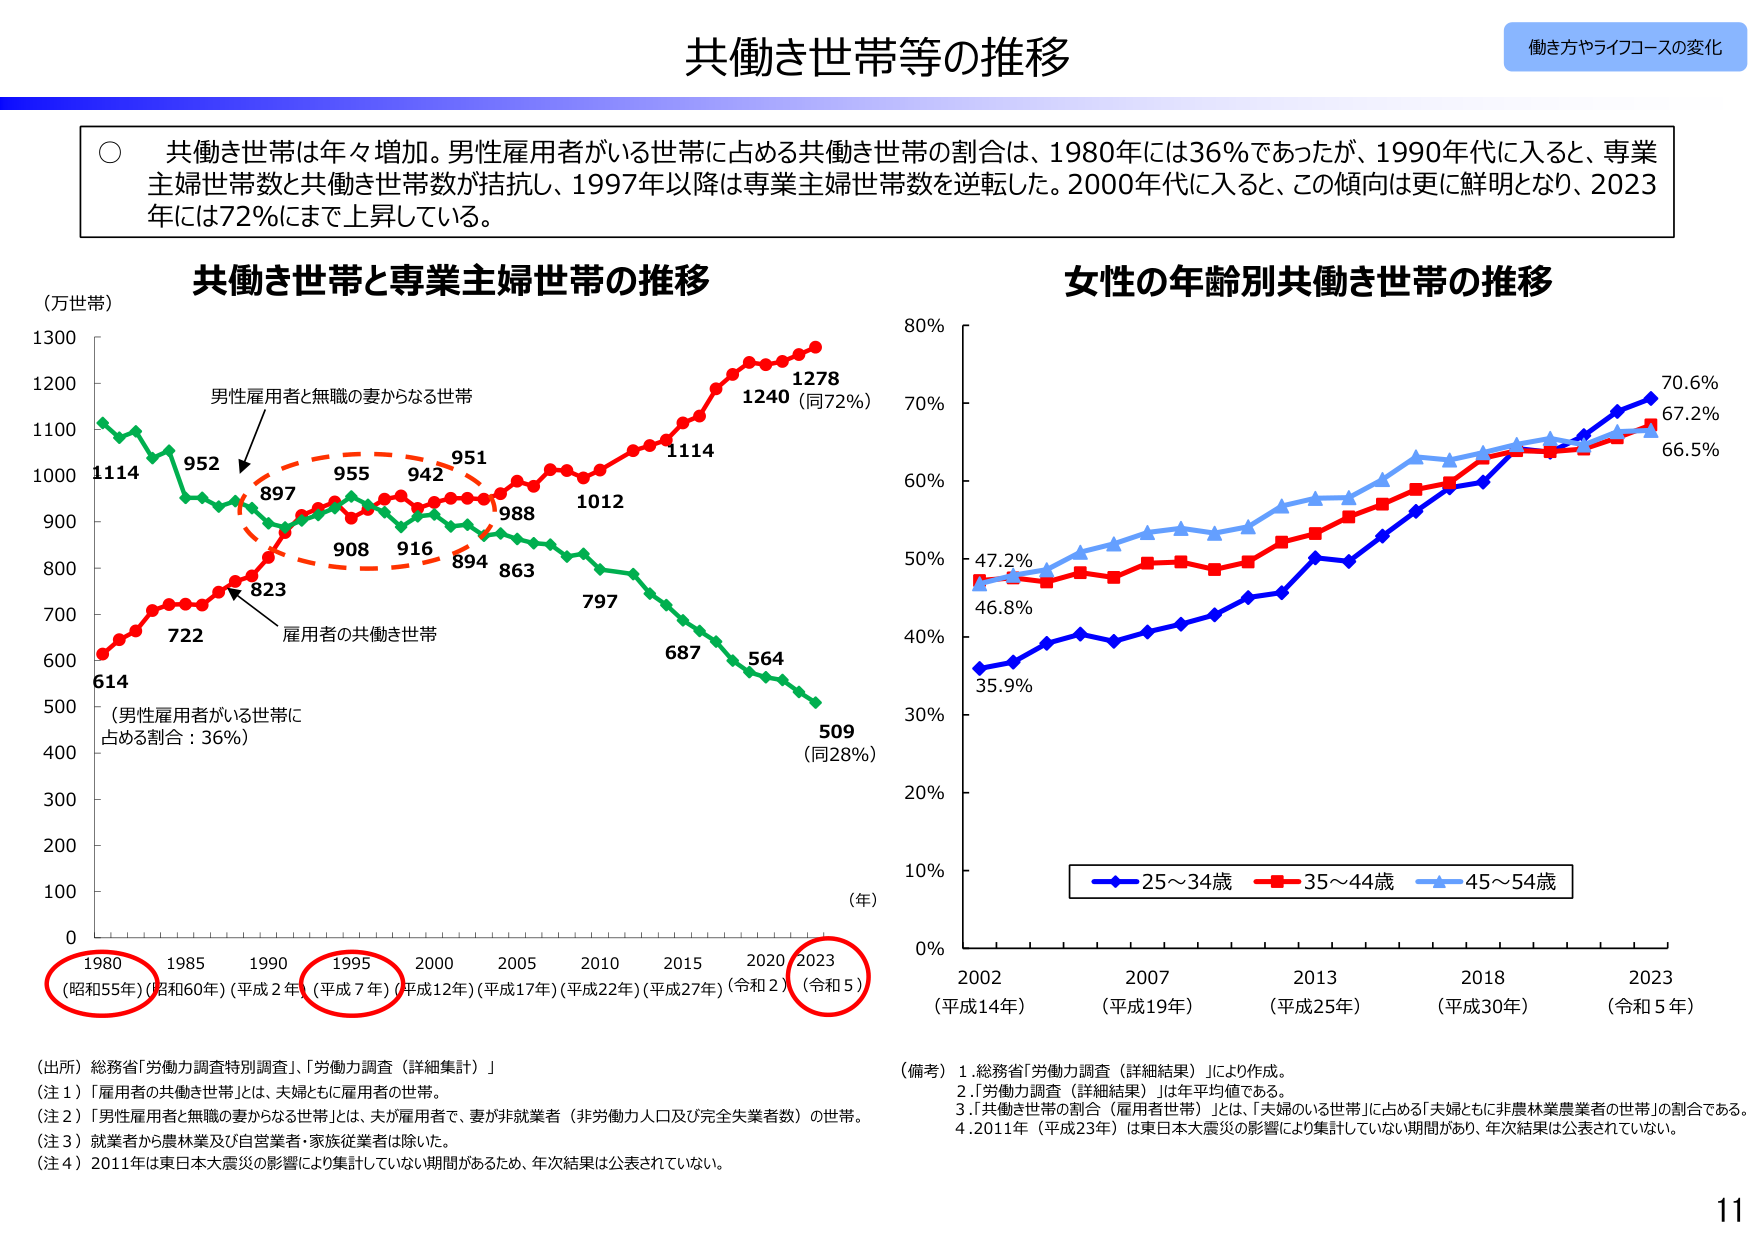
共働き世帯等の推移

働き方やライフコースの変化

○ 共働き世帯は年々増加。男性雇用者がいる世帯に占める共働き世帯の割合は、1980年には36％であったが、1990年代に入ると、専業主婦世帯数と共働き世帯数が拮抗し、1997年以降は専業主婦世帯数を逆転した。2000年代に入ると、この傾向は更に鮮明となり、2023年には72％まで上昇している。

共働き世帯と専業主婦世帯の推移

（万世帯）

1300
1200
1100
1000
900
800
700
600
500
400
300
200
100
0

男性雇用者と無職の妻からなる世帯
1114
952
897
955
942
951
988
1012
1114
1240（同72％）
1278

雇用者の共働き世帯
614
722
823
908
916
894
863
797
687
564
509（同28％）

（男性雇用者がいる世帯に占める割合：36％）

1980（昭和55年） 1985（昭和60年） 1990（平成2年） 1995（平成7年） 2000（平成12年） 2005（平成17年） 2010（平成22年） 2015（平成27年） 2020（令和2年） 2023（令和5年）

女性の年齢別共働き世帯の推移

80％
70％
60％
50％
40％
30％
20％
10％
0％

47.2％
46.8％
35.9％
70.6％
67.2％
66.5％

25～34歳
35～44歳
45～54歳

2002（平成14年） 2007（平成19年） 2013（平成25年） 2018（平成30年） 2023（令和5年）

（出所）総務省「労働力調査特別調査」、「労働力調査（詳細集計）」

（注1）「雇用者の共働き世帯」とは、夫婦ともに雇用者の世帯。
（注2）「男性雇用者と無職の妻からなる世帯」とは、夫が雇用者で、妻が非就業者（非労働力人口及び完全失業者数）の世帯。
（注3）就業者から農林業及び自営業者・家族従業者は除いた。
（注4）2011年は東日本大震災の影響により集計していない期間があるため、年次結果は公表されていない。

（備考）1. 総務省「労働力調査（詳細結果）」により作成。
2. 「労働力調査（詳細結果）」は年平均値である。
3. 「共働き世帯の割合（雇用者世帯）」とは、「夫婦のいる世帯」に占める「夫婦ともに非農林業農業者の世帯」の割合である。
4. 2011年（平成23年）は東日本大震災の影響により集計していない期間があり、年次結果は公表されていない。

11